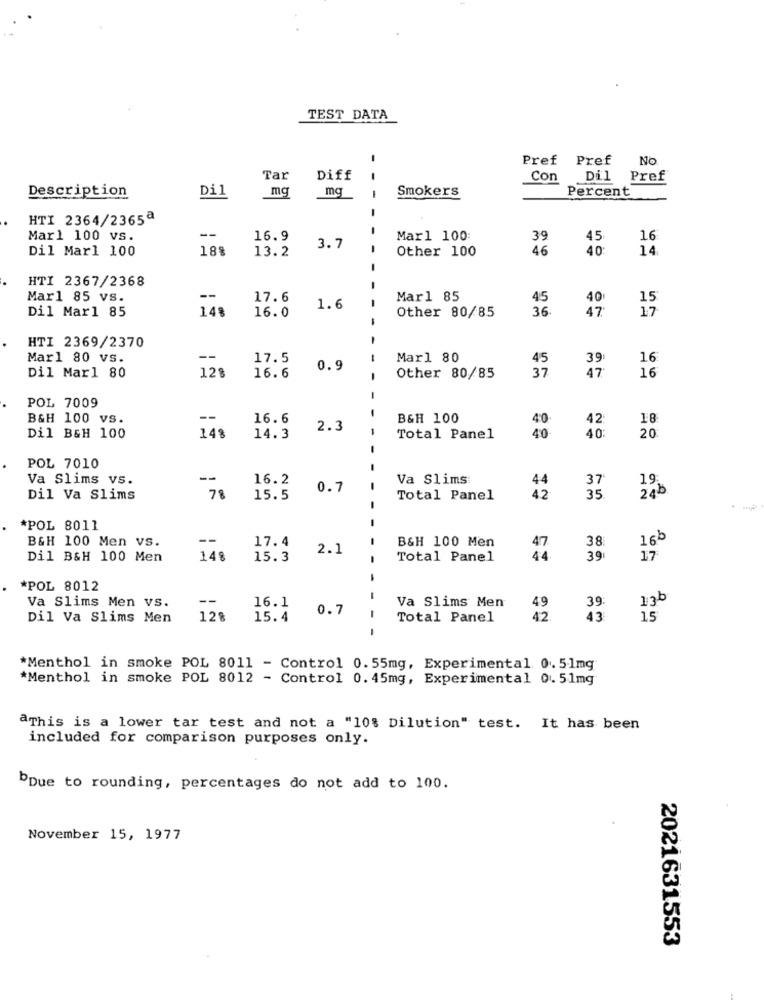
TEST DATA
-
Pref
Pref
No
Tar
Diff
Con
Dil
Pref
Dil
mg
mq
Smokers
Percent
Description
HTI 2364/2365ª
Mar1 100 vs.
--
16.9
Marl 100:
39
45
16
Dil Marl 100
188
13.2
3.7
-
Other 100
46
40
14
HTI 2367/2368
-
Mar1 85 vs.
--
17.6
Mar1 85
45
40
15
Dil Mar1 85
148
16.0
1.6
-
Other 80/85
36
47
17
HTI 2369/2370
Mar1 80 vs.
--
17.5
Mar1 80
45
39
16
Dil Mar1 80
128
16. 6
0.9
37
47
16
Other 80/85
POL 7009
B&H 100 vs.
--
16.6
B&H 100
40
42
18
2.3
Dil B&H 100
148
14.3
Total Panel
40
40:
20
POL 7010
Va Slims vs.
--
16.2
Va Slims
44
37
19
78
0.7
2gb
Dil Va Slims
15.5
Total Panel
42
35
*POL 8011
B&H 100 Men vs.
17.4
-
B&H 100 Men
38
2.1
47
16b
Dil B&H 100 Men
148
15.3
Total Panel
44.
39
17
*POL 8012
Va Slims Men VS.
--
16.1
-
Va Slims Men
0.7
-
49
39
13b
Dil Va Slims Men
12%
15.4
Total Panel
42.
43
15
-
*Menthol in smoke POL 8011 - Control 0.55mg, Experimental 0.51mg
*Menthol in smoke POL 8012 - Control 0.45mg, Experimental 0. 51mg
aThis is a lower tar test and not a "10% Dilution" test. It has been
included for comparison purposes only.
bDue to rounding, percentages do not add to 100.
November 15, 1977
2021631553